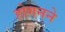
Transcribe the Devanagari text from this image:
होगनने